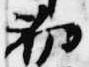
初